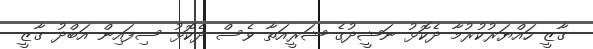
ގާޒީ ހައްޔަރުކުރުމާ ދެކޮޅު ނަޝީދުގެ ޝަރީއަތާ ވެސް ދެކޮޅު ސިފައިން އަބްދު ގާޒީ